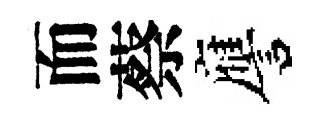
而蔡譍